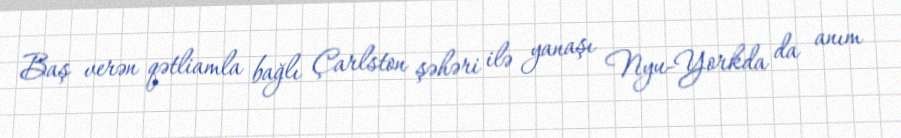
Baş verən qətliamla bağlı Çarlston şəhəri ilə yanaşı Nyu-Yorkda da anım